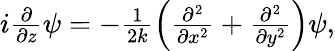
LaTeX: \begin{array}{r}{i\frac{\partial}{\partial z}\psi=-\frac{1}{2k}\left(\frac{\partial^{2}}{\partial x^{2}}+\frac{\partial^{2}}{\partial y^{2}}\right)\psi,}\end{array}